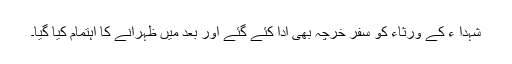
شہدا ء کے ورثاء کو سفر خرچہ بھی ادا کئے گئے اور بعد میں ظہرانے کا اہتمام کیا گیا۔